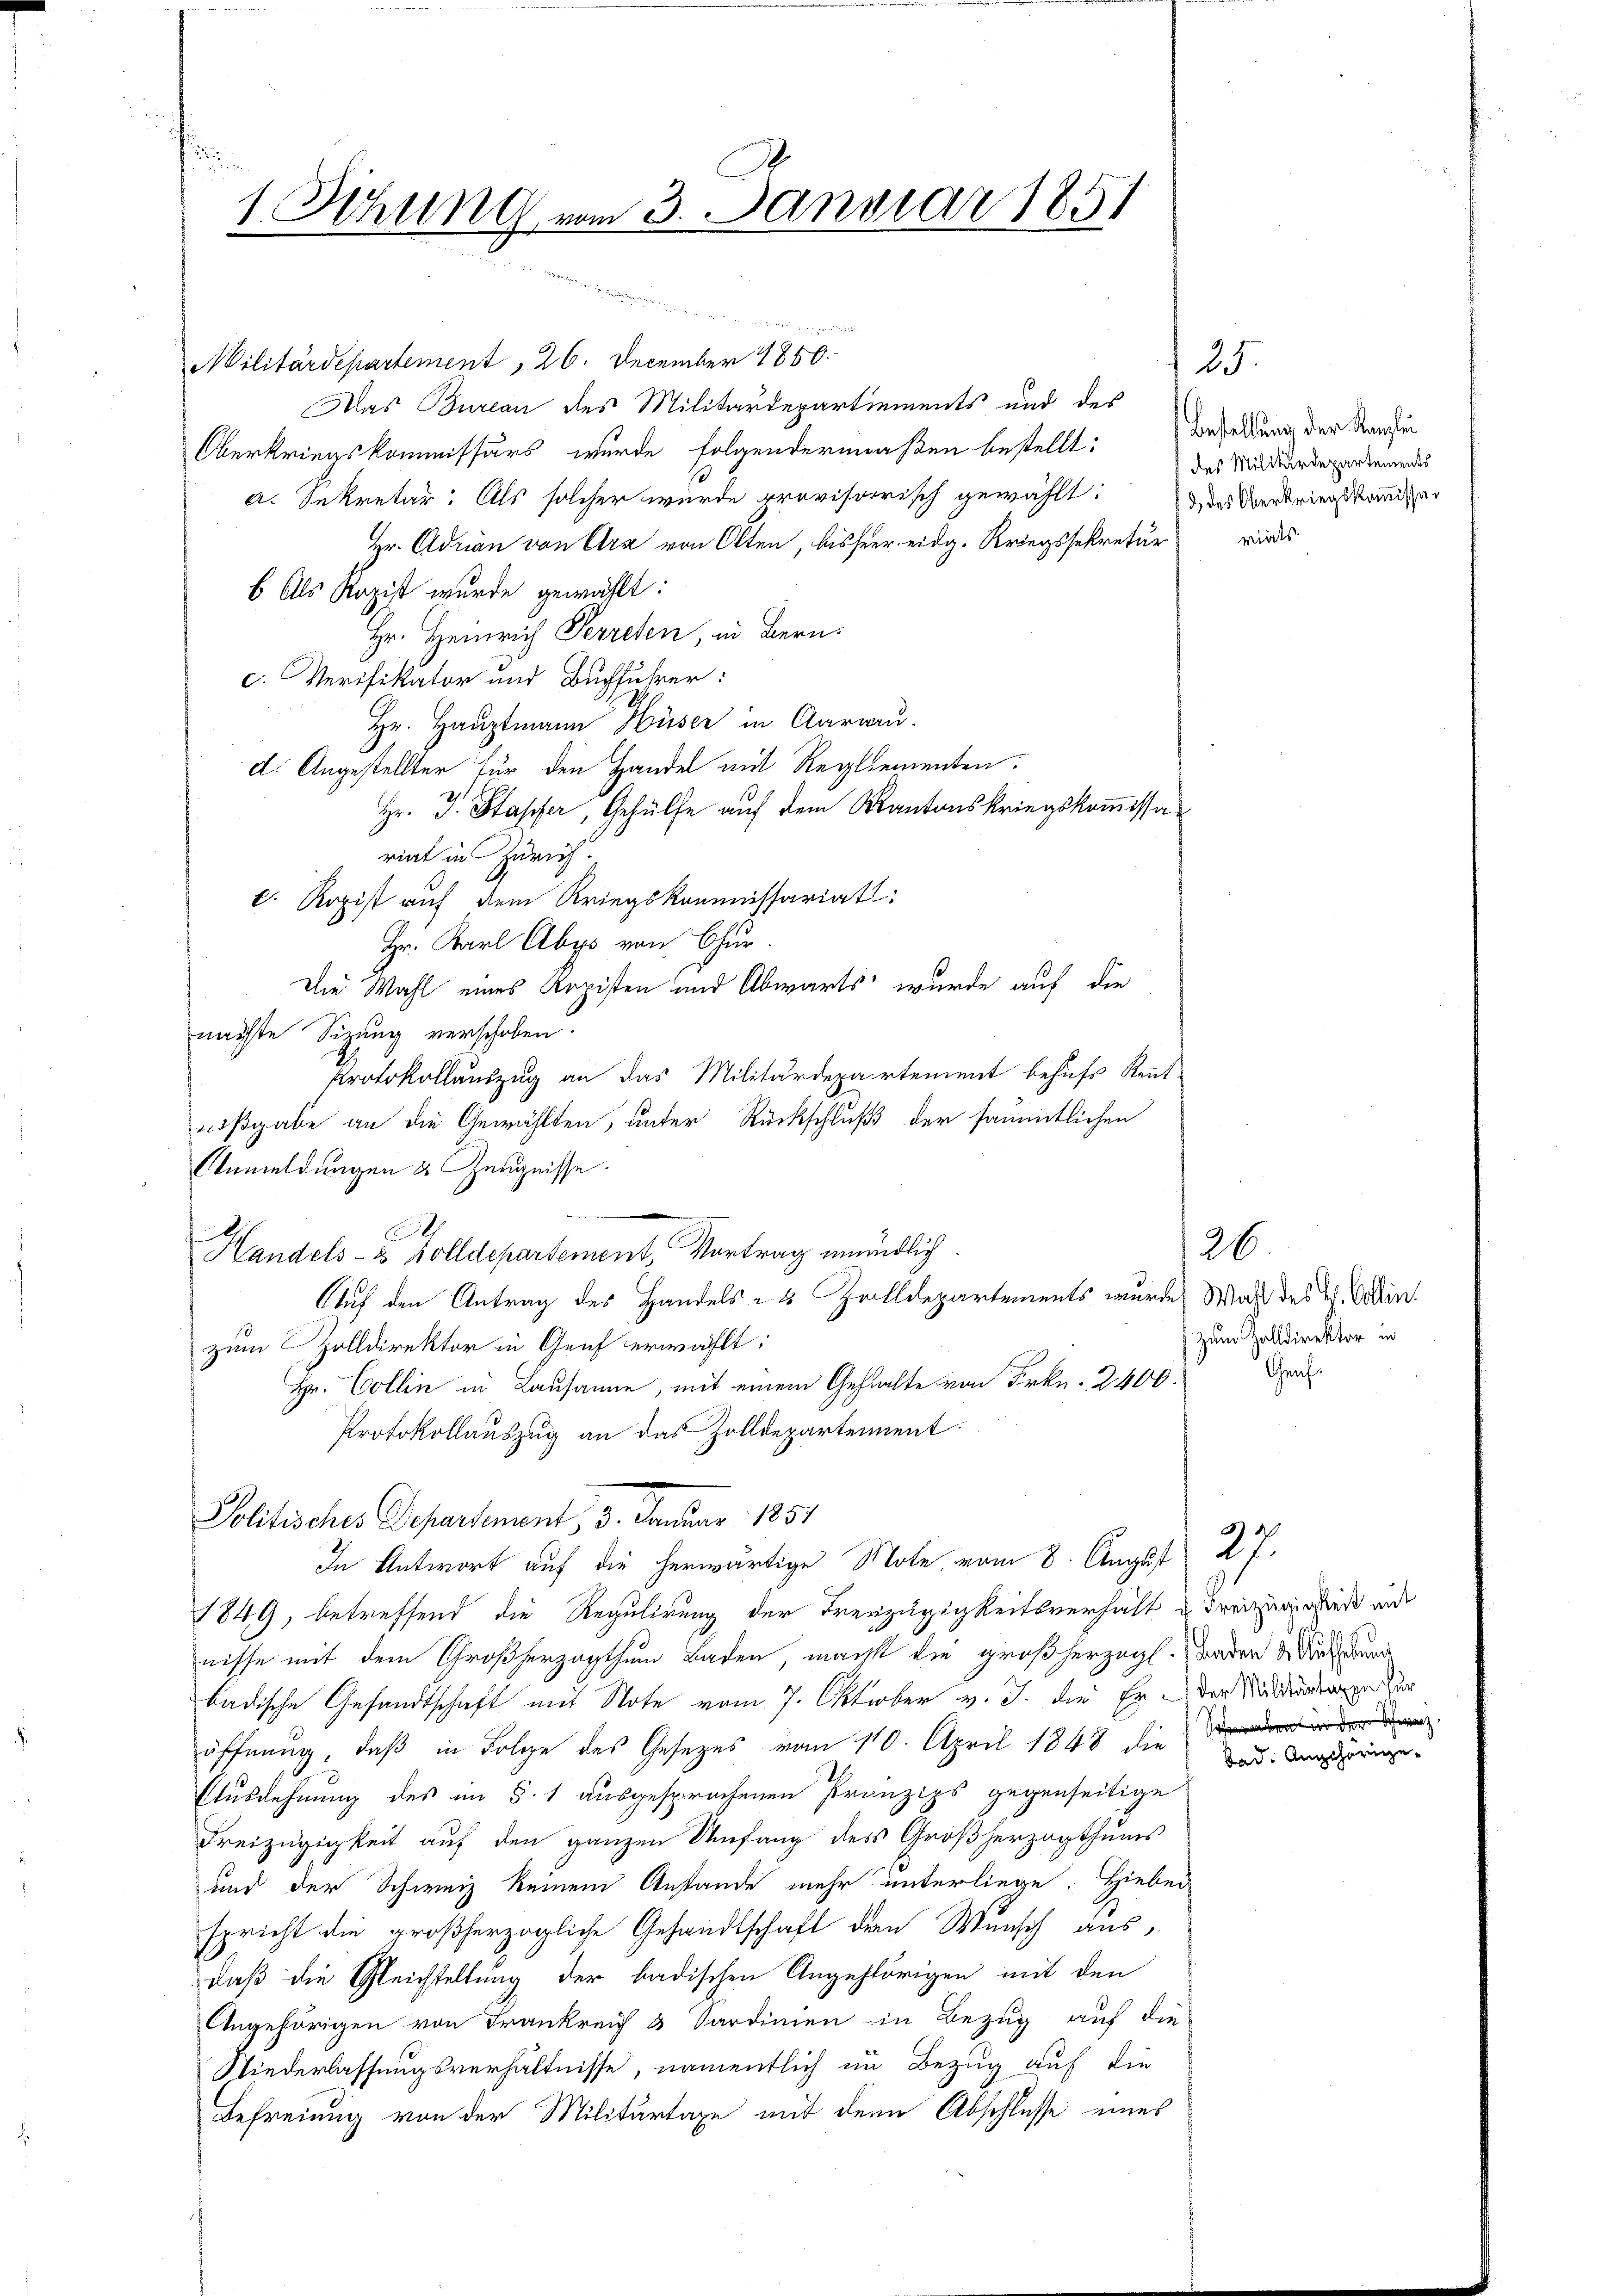
1 Sitzung vom 3. Januar 1851

Militärdepartement 26. December 1850.
Das Bureau des Militärdepartiements und des
Oberkriegskommissärs wurde folgendermaßen bestellt: Besoldung der Stanzen
a. Sekretär: Als solcher wurde provisorisch gewählt: des Gerdrings ander
Hr. Adrian von Ara von Olten, bisheer eidg. Kriegssekretär
b. Als Rozist wurde gewählt:
Hr. Heinrich Perreten, in Bern:
c. Verifikator und Buchführer:
Hr. Hauptmann Hüser in Aargau.
d. Angestellter für den Handel mit Reglementen.
Hr. J. Stapfer, Gehülfe auf dem Kantonskriegskommissariat in Zürich.
b. Ropist auf dem Kriegskommissariat
Hr. Karl Abys von Chur.
Die Wahl eines Kopisten und Abwärts wurde auf die
nächste Sitzung verschoben.
Protokollauszug an das Militärdepartement behufs Kennt
nißgabe an die Gewählten, unter Rückschluß der sämmtlichen
Anmeldungen & Zeugnisse.
.
Handels- & solldepartement, Vortrag mündlich.
Auf den Antrag des Handels- & Zolldepartements wurde Wahl des I. Voltin
zum Zolldirektor in Genf erwählt:
Hr. Collen in Lausanne, mit einem Gehalte von Frkn. 2400.
Protokollauszug an das Zolldepartement:
Politisches Departement, 3. Januar 1851
In Antwort auf die herwärtige Note vom 8. August
1849, betreffend die Regulirung der Freyzügigkeitsverhält u dreizugestes und
nisse mit dem Großherzogthum Baden, macht die großherzogl. Baden in die dur
badische Gesandtschaft mit Note vom 7. Oktober v. J. die Er - der Stange dur
öffnung, daß in Folge des Gesetzes vom 110. April 1848 die
Ausdehnung des im §. 1 ausgesprochenen Prinzips gegenseitige
Freizügigkeit auf den ganzen Umfang des Großherzogthums
und der Schweiz keinem Anstande mehr unterliege. Hiebei
spricht die großherzogliche Gesandtschaft den Wunsch ausdaß die Gleichstellung der badischen Angehörigen mit den
Angehörigen von Frankreich 3 Sardinien in Bezug auf die
Niederlassungsverhältnisse, namentlich im Bezug auf die
Befreiung von der Militärtage mit dem Abschlusse eines

Diwan eine gerer vorge

25.
des Militärdepartements
virtes

26.
Zum Zolldirektor in
Graf

2.
aben in der Schweiz.

e

ge